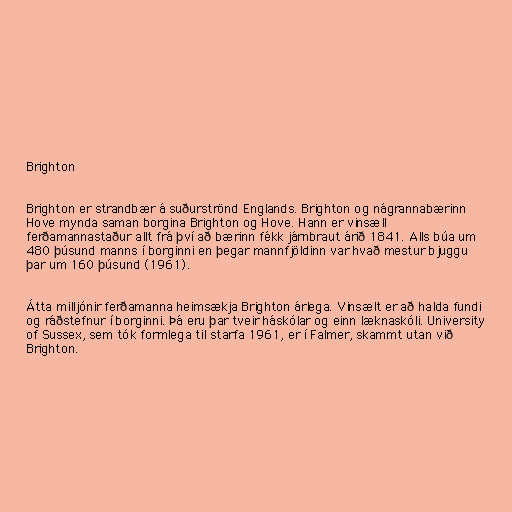
Brighton

Brighton er strandbær á suðurströnd Englands. Brighton og nágrannabærinn
Hove mynda saman borgina Brighton og Hove. Hann er vinsæll
ferðamannastaður allt frá því að bærinn fékk járnbraut árið 1841. Alls búa um
480 þúsund manns í borginni en þegar mannfjöldinn var hvað mestur bjuggu
þar um 160 þúsund (1961).

Átta milljónir ferðamanna heimsækja Brighton árlega. Vinsælt er að halda fundi
og ráðstefnur í borginni. Þá eru þar tveir háskólar og einn læknaskóli. University
of Sussex, sem tók formlega til starfa 1961, er í Falmer, skammt utan við
Brighton.